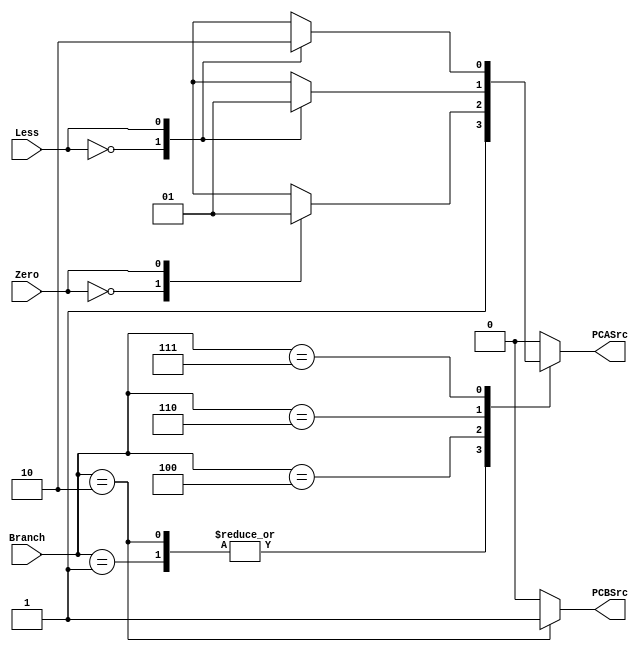
module BranchControl (
    input [2:0] Branch,
    input Less,
    input Zero,
    output reg PCASrc,
    output reg PCBSrc
);
    always @(*) begin
        case (Branch)
            //npc = pc + 4;
            3'b000:
                begin
                    PCASrc <= 1'b0;
                    PCBSrc <= 1'b0;
                end
            //npc = pc + imm;
            3'b001:
                begin
                    PCASrc <= 1'b1;
                    PCBSrc <= 1'b0;
                end
            //npc = ReadData1 + imm;
            3'b010:
                begin
                    PCASrc <= 1'b1;
                    PCBSrc <= 1'b1;
                end
            3'b100:
                case(Zero)
                    //npc = pc + 4;
                    1'b0:
                        begin
                            PCASrc <= 1'b0;
                            PCBSrc <= 1'b0;
                        end
                    //npc = pc + imm;
                    1'b1:
                        begin
                            PCASrc <= 1'b1;
                            PCBSrc <= 1'b0;
                        end
                endcase
            3'b110:
                case(Less)
                    //npc = pc + 4;
                    1'b0:
                        begin
                            PCASrc <= 1'b0;
                            PCBSrc <= 1'b0;
                        end
                    //npc = pc + imm;
                    1'b1:
                        begin
                            PCASrc <= 1'b1;
                            PCBSrc <= 1'b0;
                        end
                endcase
            3'b111:
                case(Less)
                    //npc = pc + imm;
                    1'b0:
                        begin
                            PCASrc <= 1'b1;
                            PCBSrc <= 1'b0;
                        end
                    //npc = pc + 4;
                    1'b1:
                        begin
                            PCASrc <= 1'b0;
                            PCBSrc <= 1'b0;
                        end
                endcase    
            default: 
                begin
                    PCASrc <= 1'b0;
                    PCBSrc <= 1'b0;
                end
        endcase
    end
    
endmodule